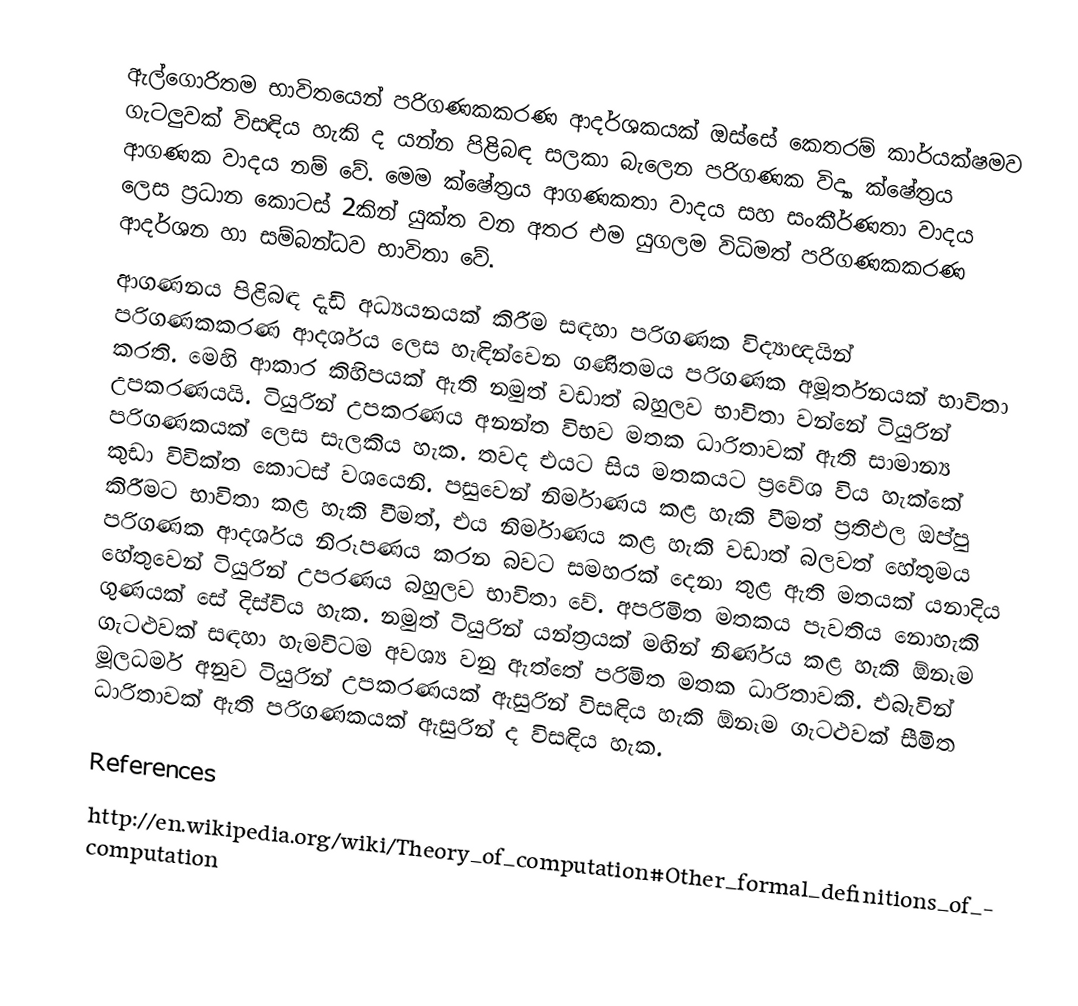
ඇල්ගොරිතම භාවිතයෙන් පරිගණකකරණ ආදර්ශකයක් ඔස්සේ කෙතරම් කාර්යක්ෂමව ගැටලුවක් විසඳිය හැකි ද යන්න පිළිබඳ සලකා බැලෙන පරිගණක විද්‍යා ක්ෂේත්‍රය ආගණක වාදය නම් වේ. මෙම ක්ෂේත්‍රය ආගණකතා වාදය සහ සංකීර්ණතා වාදය ලෙස ප්‍රධාන කොටස් 2කින් යුක්ත වන අතර එම යුගලම විධිමත් පරිගණකකරණ ආදර්ශන හා සම්බන්ධව භාවිතා වේ.
ආගණනය පිළිබඳ දැඩි අධ්‍යයනයක් කිරීම සඳහා පරිගණක විද්‍යාඥයින් පරිගණකකරණ ආදර්ශය ලෙස හැඳින්වෙන ගණිතමය පරිගණක අමූර්තනයක් භාවිතා කරති. මෙහි ආකාර කිහිපයක් ඇති නමුත් වඩාත් බහුලව භාවිතා වන්නේ ටියුරින් උපකරණයයි. ටියුරින් උපකරණය අනන්ත විභව මතක ධාරිතාවක් ඇති සාමාන්‍ය පරිගණකයක් ලෙස සැලකිය හැක. තවද එයට සිය මතකයට ප්‍රවේශ විය හැක්කේ කුඩා විවික්ත කොටස් වශයෙනි. පසුවෙන් නිර්මාණය කළ හැකි වීමත් ප්‍රතිඵල ඔප්පු කිරීමට භාවිතා කළ හැකි වීමත්, එය නිර්මාණය කළ හැකි වඩාත් බලවත් හේතුමය පරිගණක ආදර්ශය නිරූපණය කරන බවට සමහරක් දෙනා තුළ ඇති මතයක් යනාදිය හේතුවෙන් ටියුරින් උපරණය බහුලව භාවිතා වේ. අපරිමිත මතකය පැවතිය නොහැකි ගුණයක් සේ දිස්විය හැක. නමුත් ටියුරින් යන්ත්‍රයක් මඟින් නිර්ණය කළ හැකි ඕනෑම ගැටළුවක් සඳහා හැමවිටම අවශ්‍ය වනු ඇත්තේ පරිමිත මතක ධාරිතාවකි. එබැවින් මූලධර්ම අනුව ටියුරින් උපකරණයක් ඇසුරින් විසඳිය හැකි ඕනෑම ගැටළුවක් සීමිත ධාරිතාවක් ඇති පරිගණකයක් ඇසුරින් ද විසඳිය හැක.

References
http://en.wikipedia.org/wiki/Theory_of_computation#Other_formal_definitions_of_computation